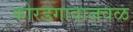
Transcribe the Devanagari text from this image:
कोरडगावाजवळ